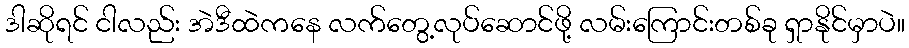
ဒါဆိုရင် ငါလည်း အဲဒီထဲကနေ လက်တွေ့လုပ်ဆောင်ဖို့ လမ်းကြောင်းတစ်ခု ရှာနိုင်မှာပဲ။